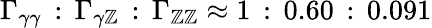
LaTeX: \Gamma_{\gamma\gamma}\, :\, \Gamma_{\gamma\mathbb{Z}}\, :\, \Gamma_{\mathbb{Z}\mathbb{Z}}\approx1\, :\, 0.60\, :\, 0.091